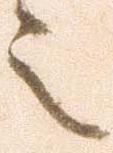
之